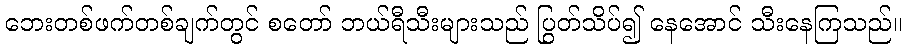
ဘေးတစ်ဖက်တစ်ချက်တွင် စတော် ဘယ်ရီသီးများသည် ပြွတ်သိပ်၍ နေအောင် သီးနေကြသည်။